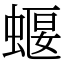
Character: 蝘